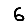
Digit: 6